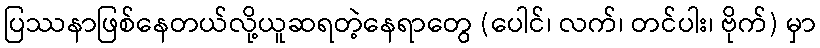
ပြဿနာဖြစ်နေတယ်လို့ယူဆရတဲ့နေရာတွေ (ပေါင်၊ လက်၊ တင်ပါး၊ ဗိုက်) မှာ